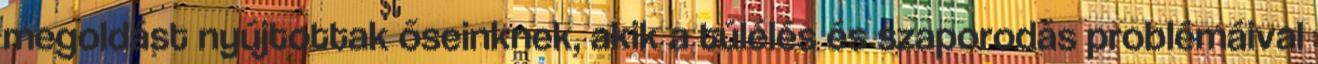
megoldást nyújtottak őseinknek, akik a túlélés és szaporodás problémáival